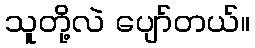
သူတို့လဲ ပျော်တယ်။